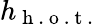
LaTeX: h_{\mathrm{~h~.~o~.~t~.~}}